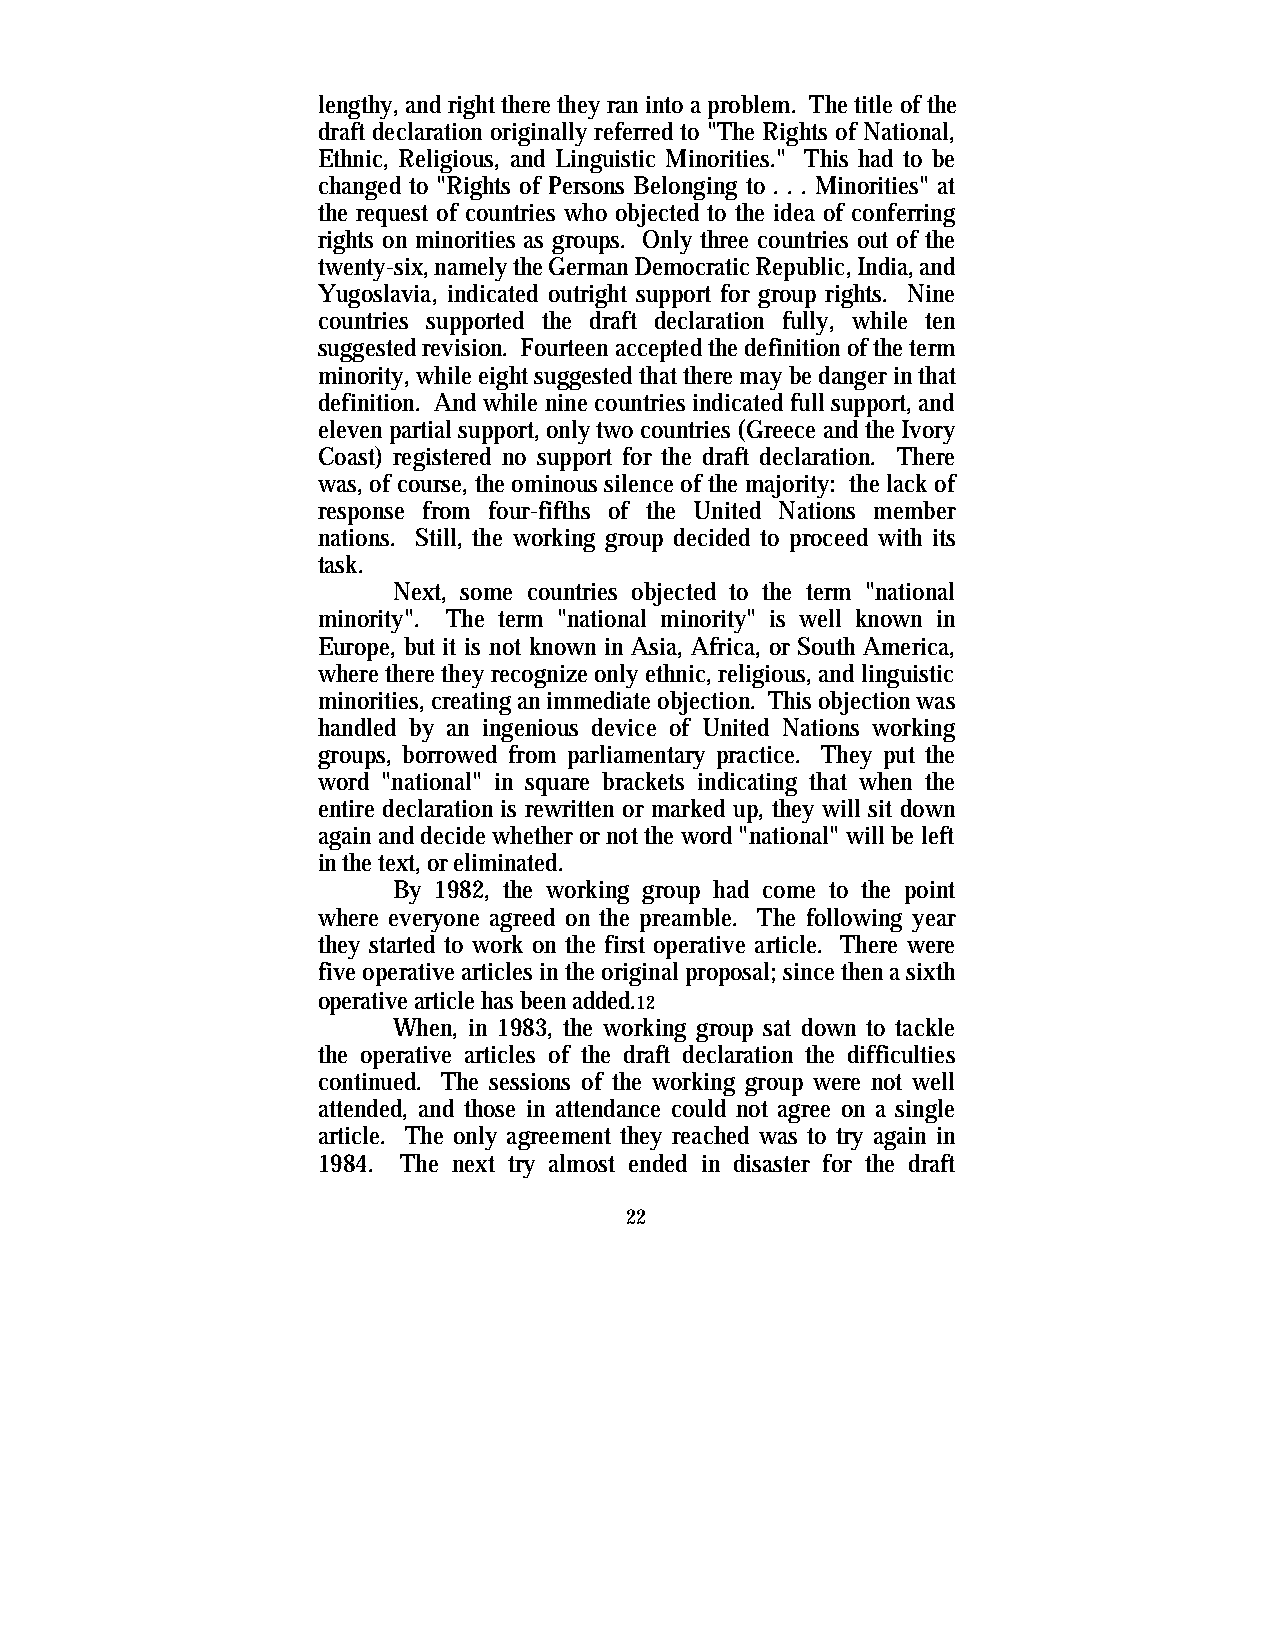
lengthy, and right there they ran into a problem. The title of the
 draft declaration originally referred to "The Rights of National,
 Ethnic, Religious, and Linguistic Minorities." This had to be
 changed to "Rights of Persons Belonging to . . . Minorities" at
 the request of countries who objected to the idea of conferring
 rights on minorities as groups. Only three countries out of the
 twenty-six, namely the German Democratic Republic, India, and
 Yugoslavia, indicated outright support for group rights. Nine
 countries supported the draft declaration fully, while ten
 suggested revision. Fourteen accepted the definition of the term
 minority, while eight suggested that there may be danger in that
 definition. And while nine countries indicated full support, and
 eleven partial support, only two countries (Greece and the Ivory
 Coast) registered no support for the draft declaration. There
 was, of course, the ominous silence of the majority: the lack of
 response from four-fifths of the United Nations member
 nations. Still, the working group decided to proceed with its
 task.
 Next, some countries objected to the term "national
 minority". The term "national minority" is well known in
 Europe, but it is not known in Asia, Africa, or South America,
 where there they recognize only ethnic, religious, and linguistic
 minorities, creating an immediate objection. This objection was
 handled by an ingenious device of United Nations working
 groups, borrowed from parliamentary practice. They put the
 word "national" in square brackets indicating that when the
 entire declaration is rewritten or marked up, they will sit down
 again and decide whether or not the word "national" will be left
 in the text, or eliminated.
 By 1982, the working group had come to the point
 where everyone agreed on the preamble. The following year
 they started to work on the first operative article. There were
 five operative articles in the original proposal; since then a sixth
 operative article has been added.12
 When, in 1983, the working group sat down to tackle
 the operative articles of the draft declaration the difficulties
 continued. The sessions of the working group were not well
 attended, and those in attendance could not agree on a single
 article. The only agreement they reached was to try again in
 1984. The next try almost ended in disaster for the draft
 22